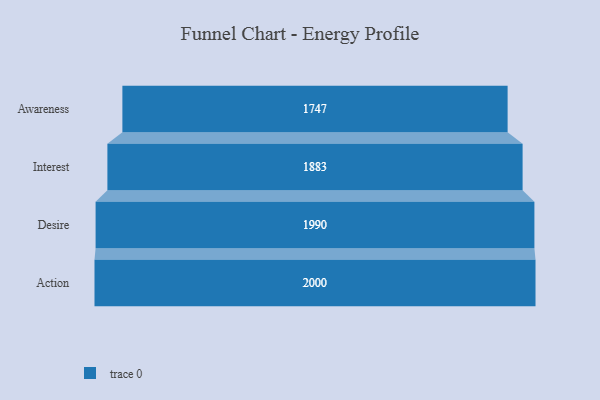
{"axis": {"x": "Stage", "y": "Value"}, "legend": [""], "data": [{"x": "Awareness", "y": 1747.0, "type": ""}, {"x": "Interest", "y": 1883.0, "type": ""}, {"x": "Desire", "y": 1990.0, "type": ""}, {"x": "Action", "y": 2000, "type": ""}]}